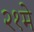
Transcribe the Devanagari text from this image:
२१मे